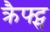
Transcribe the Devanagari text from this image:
क्रैफ्ट्स